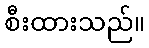
စီးထားသည်။